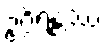
ဥဂ္ဂိရန္တဿ